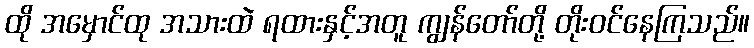
ထို အမှောင်ထု အသားထဲ ရထားနှင့်အတူ ကျွန်တော်တို့ တိုးဝင်နေကြသည်။